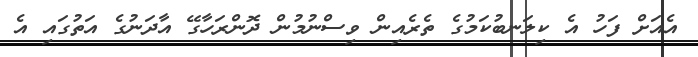
އެއަށް ފަހު އެ ކިލަނބުކަމުގެ ތެރެއިން ވިސްނުމުން ދޮންރަހާގޭ އާދަނުގެ އަތުގައި އެ